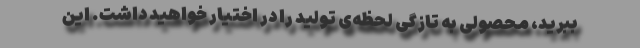
ببرید، محصولی به تازگیِ‌ لحظه‌ی تولید را در اختیار خواهید داشت. این